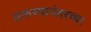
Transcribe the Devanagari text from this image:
तारुण्यानंतरच्या